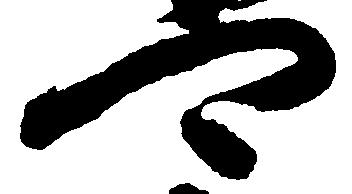
可